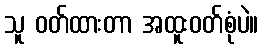
သူ ဝတ်ထားတာ အထူးဝတ်စုံပဲ။